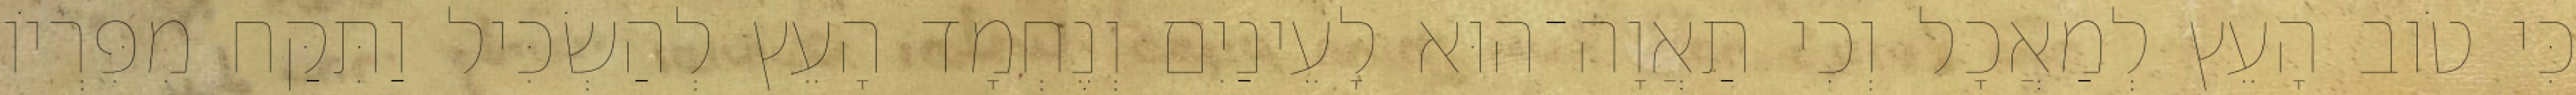
כִּי טֹוב הָעֵץ לְמַאֲכָל וְכִי תַאֲוָה־הוּא לָעֵינַיִם וְנֶחְמָד הָעֵץ לְהַשְׂכִּיל וַתִּקַּח מִפִּרְיֹו